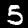
Digit: 5